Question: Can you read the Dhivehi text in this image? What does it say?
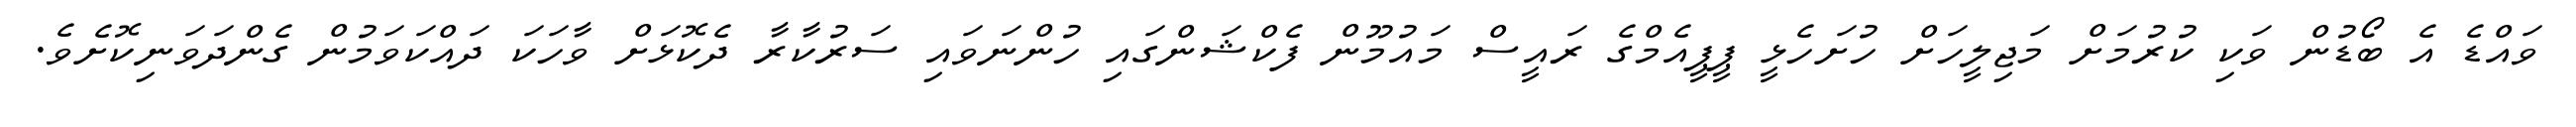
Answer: ވައްޑެ އެ ބޯޑުން ވަކި ކުރުމަށް މަޖިލީހަށް ހުށަހެޅީ ޕީޕީއެމްގެ ރައީސް މައުމޫން ފެކްޝަންގައި ހުންނަވައި ސަރުކާރާ ދެކޮޅަށް ވާހަކަ ދައްކަވަމުން ގެންދަވަނިކޮށެވެ.